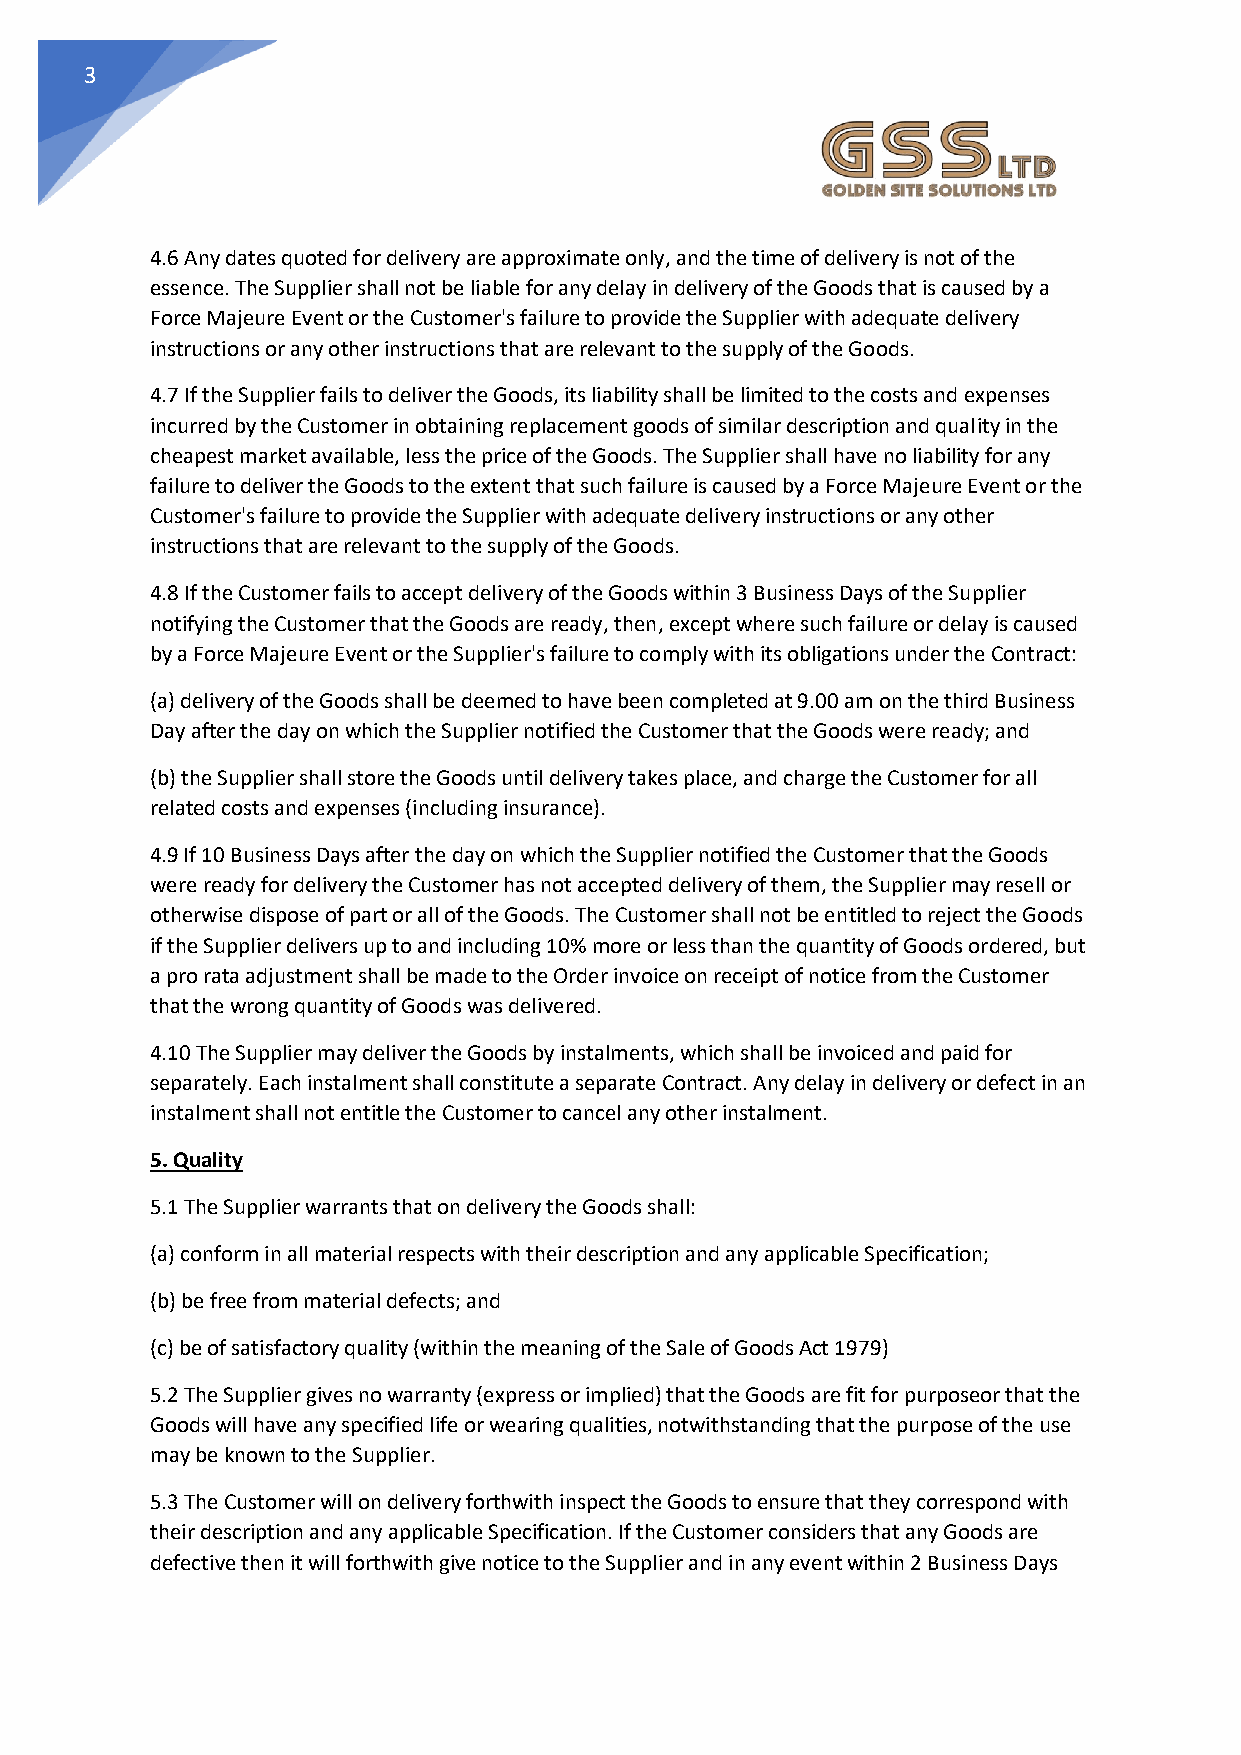
3
 4.6 Any dates quoted for delivery are approximate only, and the time of delivery is not of the
 essence. The Supplier shall not be liable for any delay in delivery of the Goods that is caused by a
 Force Majeure Event or the Customer's failure to provide the Supplier with adequate delivery
 instructions or any other instructions that are relevant to the supply of the Goods.
 4.7 If the Supplier fails to deliver the Goods, its liability shall be limited to the costs and expenses
 incurred by the Customer in obtaining replacement goods of similar description and quality in the
 cheapest market available, less the price of the Goods. The Supplier shall have no liability for any
 failure to deliver the Goods to the extent that such failure is caused by a Force Majeure Event or the
 Customer's failure to provide the Supplier with adequate delivery instructions or any other
 instructions that are relevant to the supply of the Goods.
 4.8 If the Customer fails to accept delivery of the Goods within 3 Business Days of the Supplier
 notifying the Customer that the Goods are ready, then, except where such failure or delay is caused
 by a Force Majeure Event or the Supplier's failure to comply with its obligations under the Contract:
 (a) delivery of the Goods shall be deemed to have been completed at 9.00 am on the third Business
 Day after the day on which the Supplier notified the Customer that the Goods were ready; and
 (b) the Supplier shall store the Goods until delivery takes place, and charge the Customer for all
 related costs and expenses (including insurance).
 4.9 If 10 Business Days after the day on which the Supplier notified the Customer that the Goods
 were ready for delivery the Customer has not accepted delivery of them, the Supplier may resell or
 otherwise dispose of part or all of the Goods. The Customer shall not be entitled to reject the Goods
 if the Supplier delivers up to and including 10% more or less than the quantity of Goods ordered, but
 a pro rata adjustment shall be made to the Order invoice on receipt of notice from the Customer
 that the wrong quantity of Goods was delivered.
 4.10 The Supplier may deliver the Goods by instalments, which shall be invoiced and paid for
 separately. Each instalment shall constitute a separate Contract. Any delay in delivery or defect in an
 instalment shall not entitle the Customer to cancel any other instalment.
 5. Quality
 5.1 The Supplier warrants that on delivery the Goods shall:
 (a) conform in all material respects with their description and any applicable Specification;
 (b) be free from material defects; and
 (c) be of satisfactory quality (within the meaning of the Sale of Goods Act 1979)
 5.2 The Supplier gives no warranty (express or implied) that the Goods are fit for purposeor that the
 Goods will have any specified life or wearing qualities, notwithstanding that the purpose of the use
 may be known to the Supplier.
 5.3 The Customer will on delivery forthwith inspect the Goods to ensure that they correspond with
 their description and any applicable Specification. If the Customer considers that any Goods are
 defective then it will forthwith give notice to the Supplier and in any event within 2 Business Days